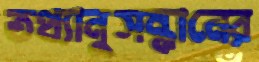
তথ্যানুসন্ধানের